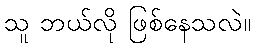
သူ ဘယ်လို ဖြစ်နေသလဲ။